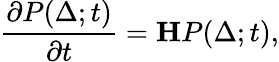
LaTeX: \frac{\partial P(\Delta;t)}{\partial t}=\mathbf{H}P(\Delta;t),